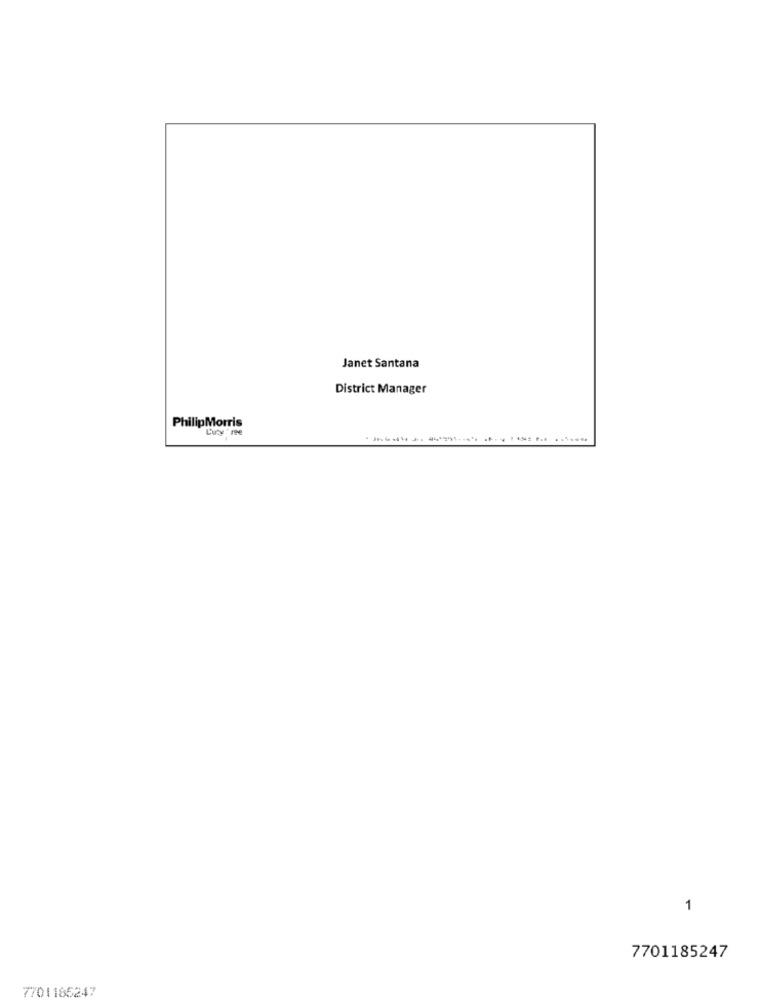
Janet Santana
District Manager
PhilipMorris
Luty ' ree
1
7701185247
7701186247